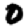
Digit: 0